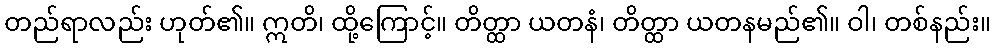
တည်ရာလည်း ဟုတ်၏။ ဣတိ၊ ထို့ကြောင့်။ တိတ္ထာ ယတနံ၊ တိတ္ထာ ယတနမည်၏။ ဝါ၊ တစ်နည်း။